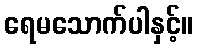
ရေမသောက်ပါနှင့်။